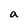
Character: a